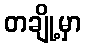
တချို့မှာ